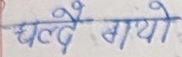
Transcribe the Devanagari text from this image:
चल्दै आयो